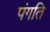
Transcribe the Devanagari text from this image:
पंगति